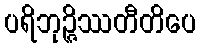
ပရိဘုဉ္ဇိဿတီတိပေ